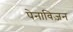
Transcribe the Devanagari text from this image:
पेनाविज़न